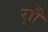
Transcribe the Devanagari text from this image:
र्‍ाौ